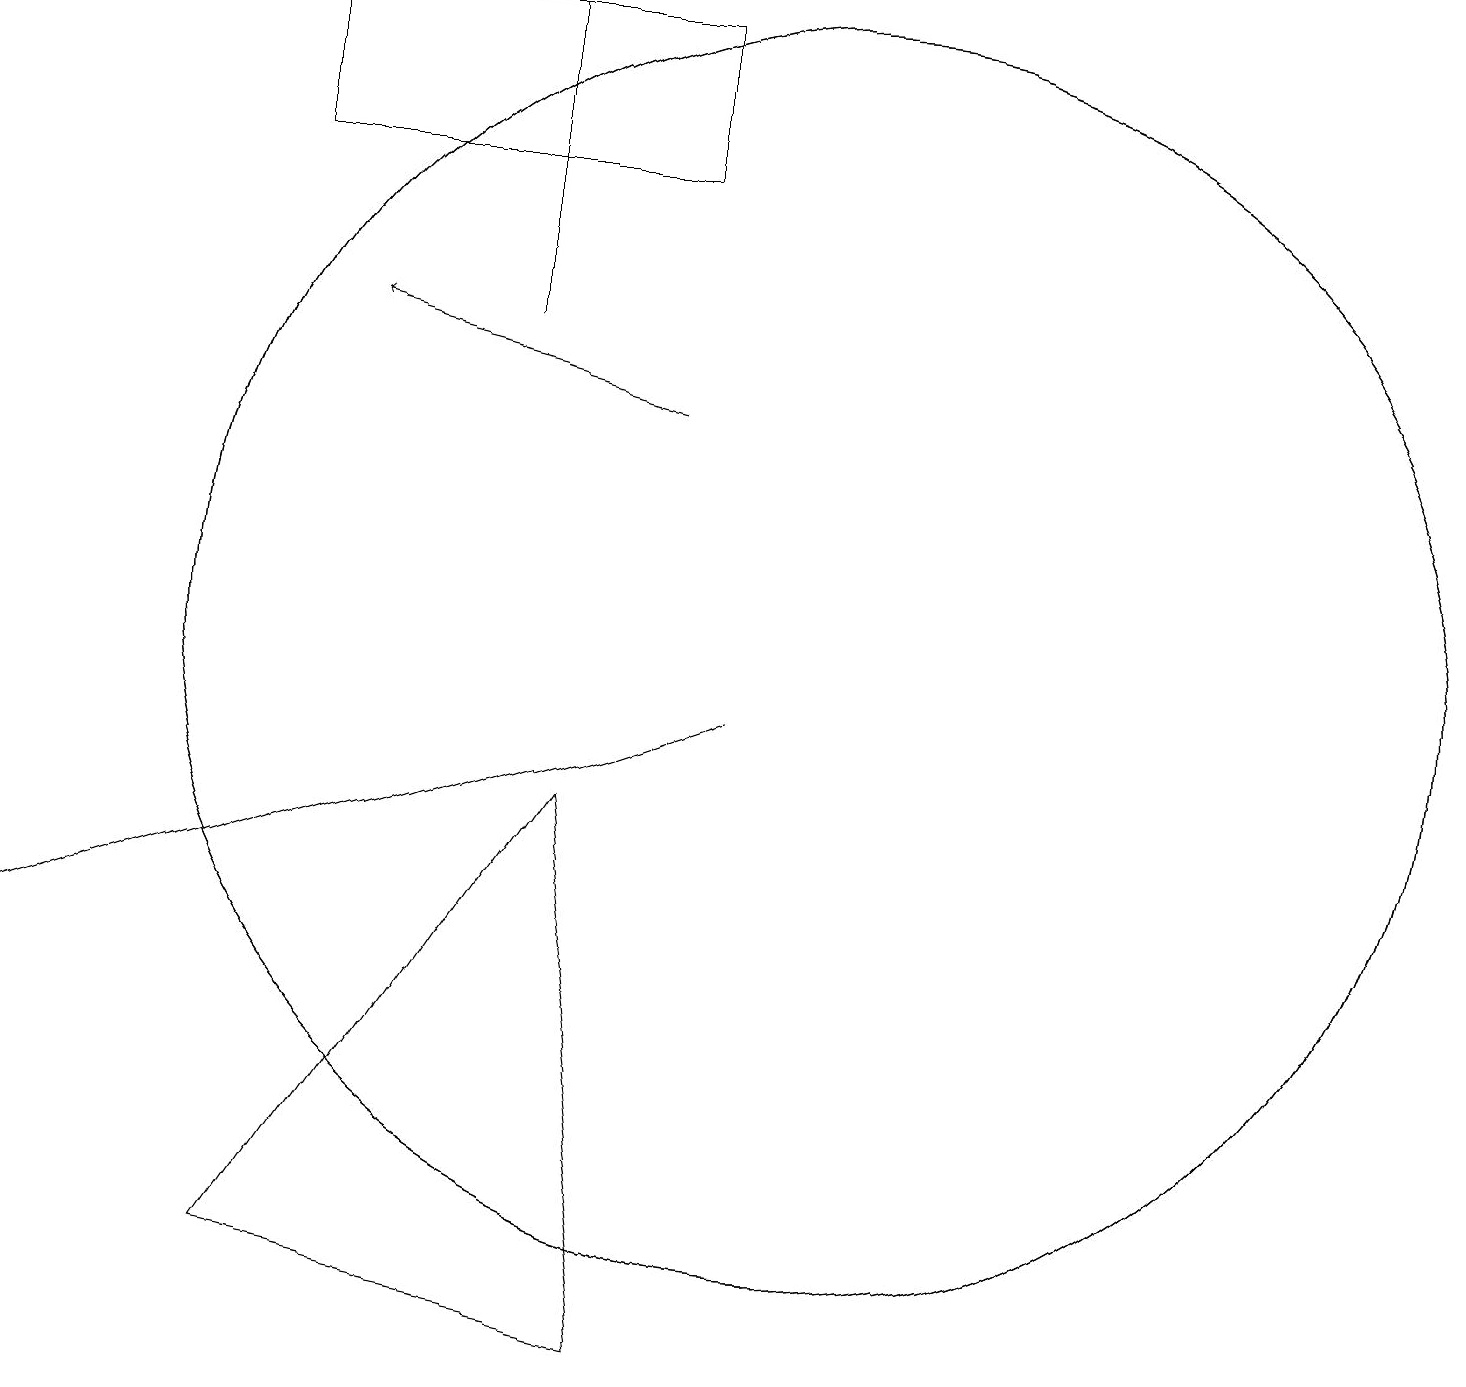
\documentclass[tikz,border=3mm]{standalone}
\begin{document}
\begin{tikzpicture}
\draw (10,10) circle (8);
\draw (10,10) circle (8);
\draw (9,9) -- (6,8) -- (0,6) -- cycle;
\draw (7,8) -- (3,2) -- (8,1) -- cycle;
\draw (3,18) rectangle (8,16);
\draw[->] (8,13) -- (4,14);
\draw (6,18) rectangle (6,14);
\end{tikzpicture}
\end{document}